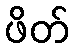
ဖိတ်